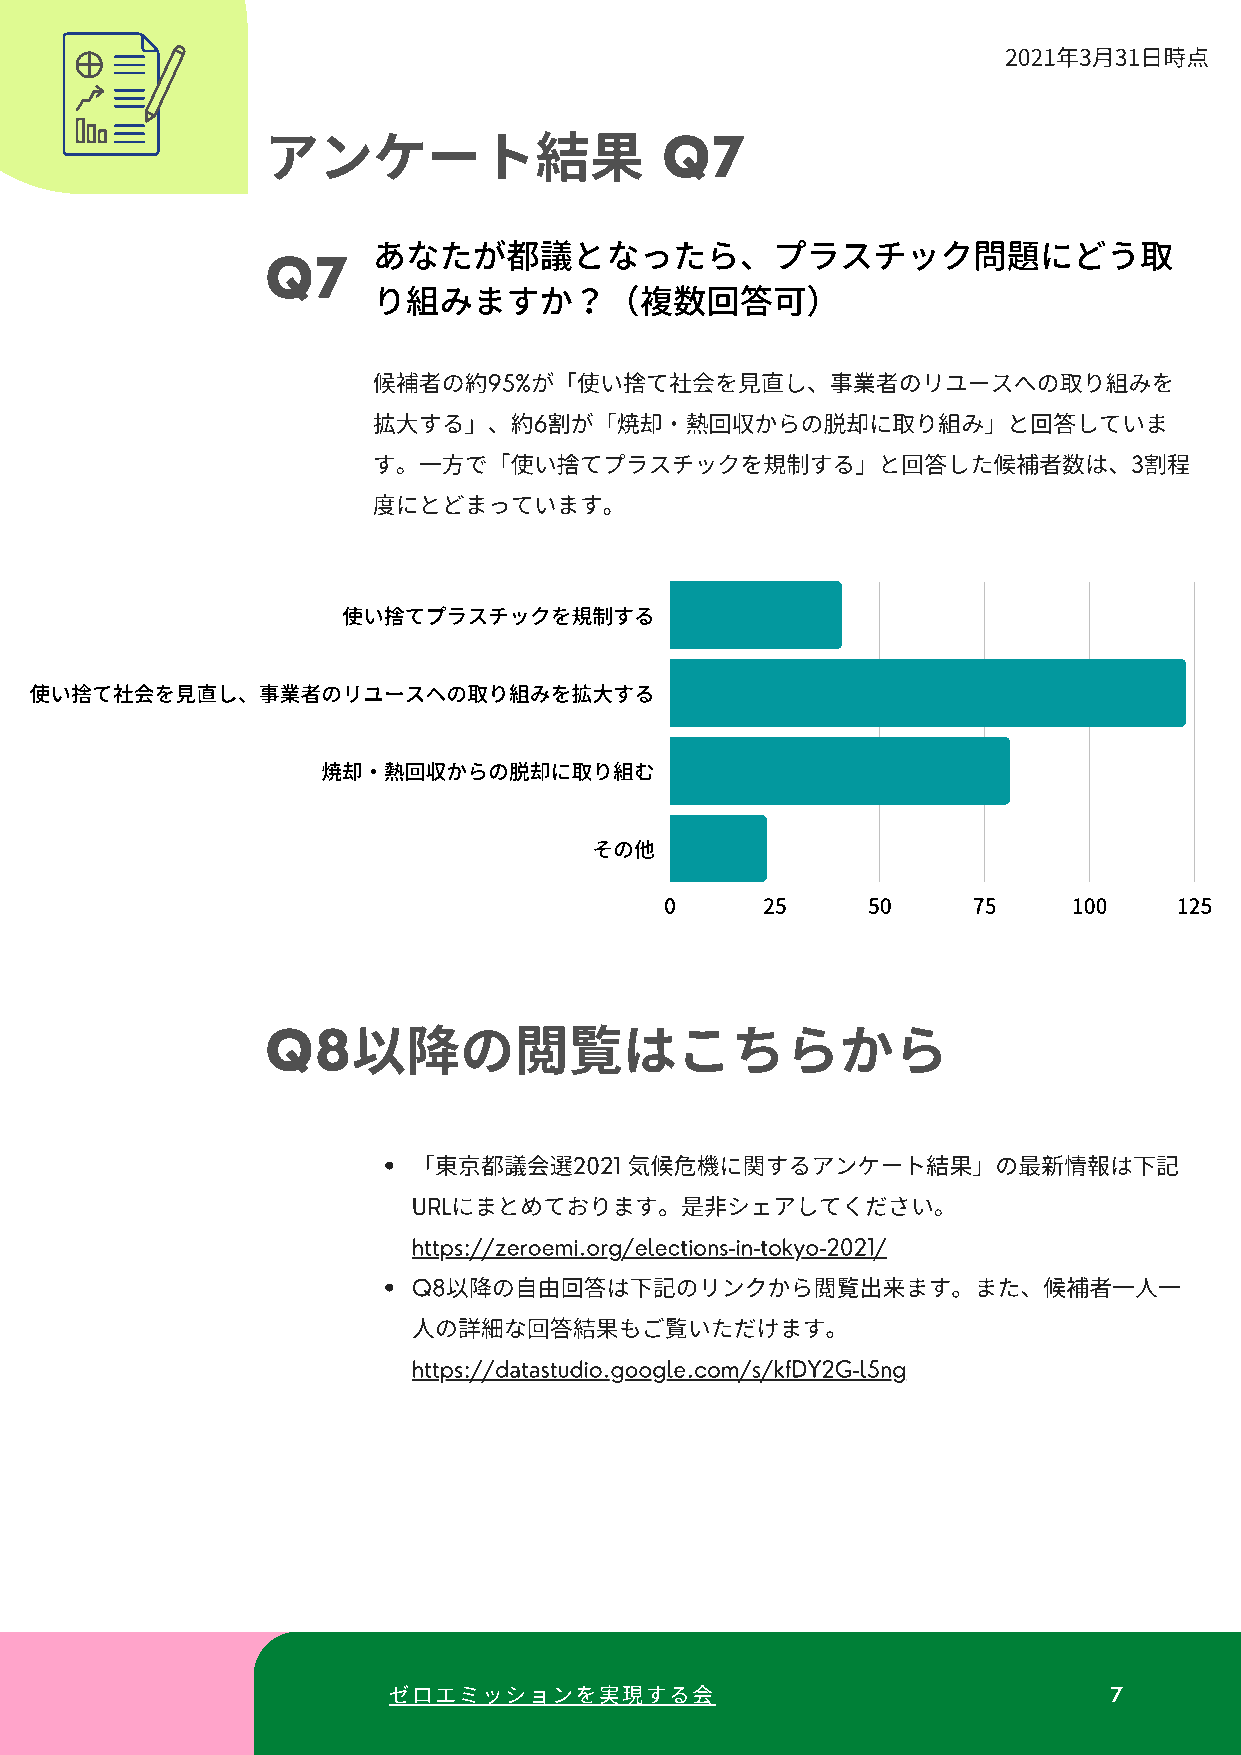
2021年3⽉31⽇時点
 アンケート果                   Q7
 あなたが都議となったら、プラスチック問題にどう取
 Q7
 り組みますか？（複数回答可）
 者の95%が「使いてを⾒し、事業者のリユースへのりみを
 ⼤する」、6が「焼・回からの脱にりみ」と回していま
 す。⼀で「使いてプラスチックを制する」と回した者は、3
 度にとどまっています。
 使い捨てプラスチックを規制する
 使い捨て社会を⾒直し、事業者のリユースへの取り組みを拡⼤する
 焼却・熱回収からの脱却に取り組む
 その他
 0      25    50     75     100    125
 Q8の閲はこちらから
 「東都2021    気にするアンケート果」の情は下
 URLにまとめております。是シェアしてください。
 https://zeroemi.org/elections-in-tokyo-2021/
 Q8の⾃由回は下のリンクから閲来ます。また、者⼀⼀
 のな回果もごいただけます。
 https://datastudio.google.com/s/kfDY2G-l5ng
 ゼロエミッションを現する                                 7